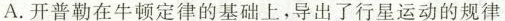
A.开普勒在牛顿定律的基础上，导出了行星运动的规律